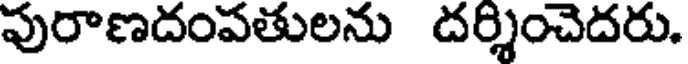
పురాణదంపతులను దర్శించెదరు.